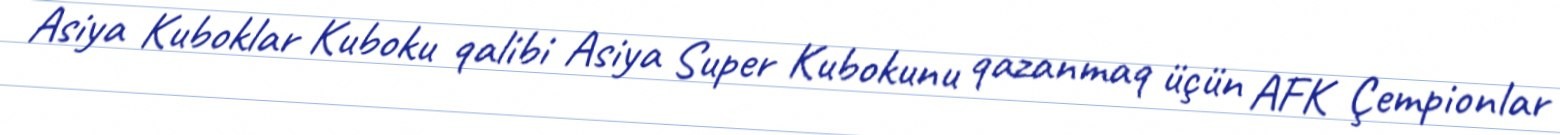
Asiya Kuboklar Kuboku qalibi Asiya Super Kubokunu qazanmaq üçün AFK Çempionlar